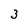
Character: 3